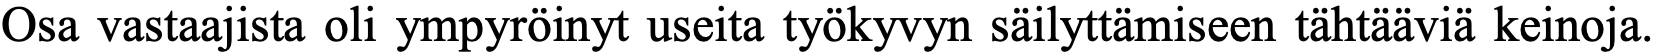
Osa vastaajista oli ympyröinyt useita työkyvyn säilyttämiseen tähtääviä keinoja.